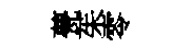
甍茱零